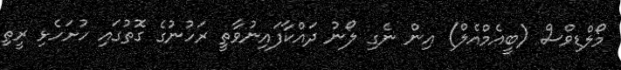
މޯލްޑިވްސް (ބީއެމްއެލް) އިން ނެގި ލޯނު ދައްކާފައިނުވާތީ ރަހުނުގެ ގޮތުގައި ހުށަހެޅި ރީތި